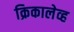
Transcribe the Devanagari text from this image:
क्रिकालेव्ह